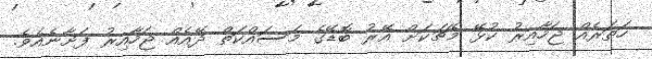
ހަތަރެއް ޖަހާއިރު ކުޅޭ މެޗަކަށް އޭރު ބޮޑޭގެ މަސައްކަތް ދޭއެއް ޖަހާއިރު ފަށާނެއެވެ.